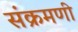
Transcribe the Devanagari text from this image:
संक्रमणी